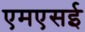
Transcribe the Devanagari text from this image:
एमएसई